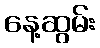
နေ့ဆွမ်း